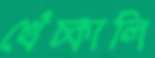
খেঁচ্‌কালি